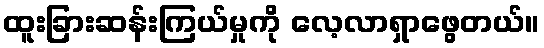
ထူးခြားဆန်းကြယ်မှုကို လေ့လာရှာဖွေတယ်။